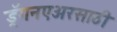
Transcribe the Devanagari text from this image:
ड्रॅगनएअरसाठी